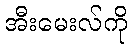
အီးမေးလ်ကို